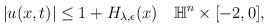
\begin{align*} \begin{aligned} |u(x,t)|\leq 1+H_{\lambda,\epsilon}(x) ~~ ~\mathbb{H}^n\times[-2,0], \end{aligned} \end{align*}